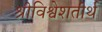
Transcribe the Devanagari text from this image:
श्रीविश्वेशतीर्थ